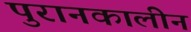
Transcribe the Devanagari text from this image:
पुरानकालीन